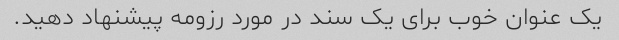
یک عنوان خوب برای یک سند در مورد رزومه پیشنهاد دهید.